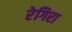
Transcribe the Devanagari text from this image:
रेगिरा